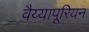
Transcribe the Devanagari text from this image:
वैय्यापूरियन